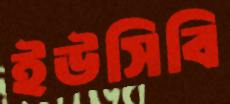
ইউসিবি